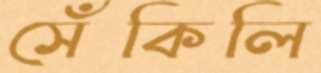
সেঁকিলি